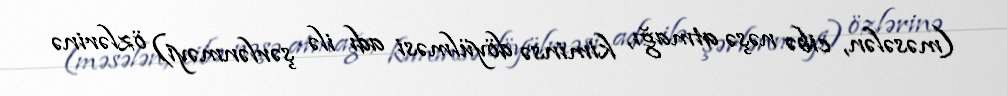
(məsələn, cibə nəşə atmağı, kiminsə döyülməsi adı ilə şərlənməyi) özlərinə